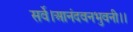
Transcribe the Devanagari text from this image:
सर्वे।आनंदवनभुवनी।।